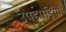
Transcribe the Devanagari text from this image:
उपझाड़ियां